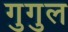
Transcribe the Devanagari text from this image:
गुगुल